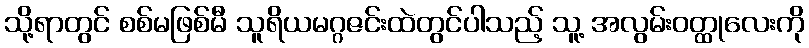
သို့ရာတွင် စစ်မဖြစ်မီ သူရိယမဂ္ဂဇင်းထဲတွင်ပါသည့် သူ့ အလွမ်းဝတ္ထုလေးကို